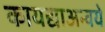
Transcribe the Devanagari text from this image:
कायद्याअन्वये